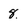
Character: 8